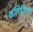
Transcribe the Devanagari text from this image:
कॉलेजियट